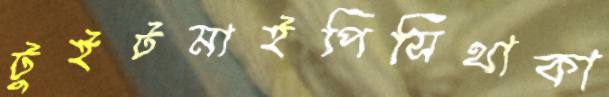
টুইটমাইপিসিথাকা